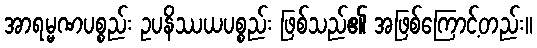
အာရမ္မဏပစ္စည်း ဥပနိဿယပစ္စည်း ဖြစ်သည်၏ အဖြစ်ကြောင့်တည်း။